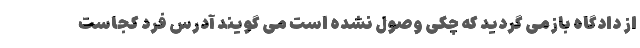
از دادگاه بازمی گردید که چکی وصول نشده است می گویند آدرس فرد کجاست